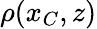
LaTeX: \rho(x_{C},z)